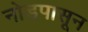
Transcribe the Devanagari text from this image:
नोडपासून